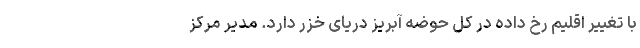
با تغییر اقلیم رخ داده در کل حوضه آبریز دریای خزر دارد. مدیر مرکز